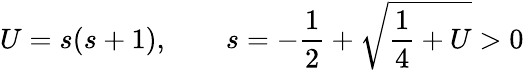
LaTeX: U=s(s+1),\qquad s=-\frac 12+\sqrt{\frac 14+U}>0